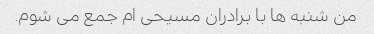
من شنبه ها با برادران مسیحی ام جمع می شوم.